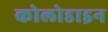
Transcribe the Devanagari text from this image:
कोलोडाइन